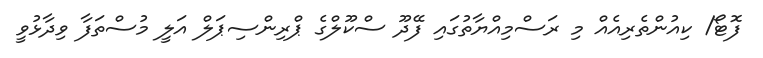
ފޮޓޯ/ ކިއުންތެރިއެއް މި ރަސްމިއްޔާތުގައި ފޭދޫ ސްކޫލްގެ ޕްރިންސިޕަލް އަލީ މުސްތަފާ ވިދާޅުވީ